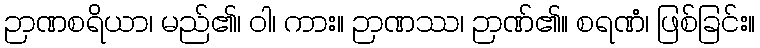
ဉာဏစရိယာ၊ မည်၏၊ ဝါ၊ ကား။ ဉာဏဿ၊ ဉာဏ်၏။ စရဏံ၊ ဖြစ်ခြင်း။